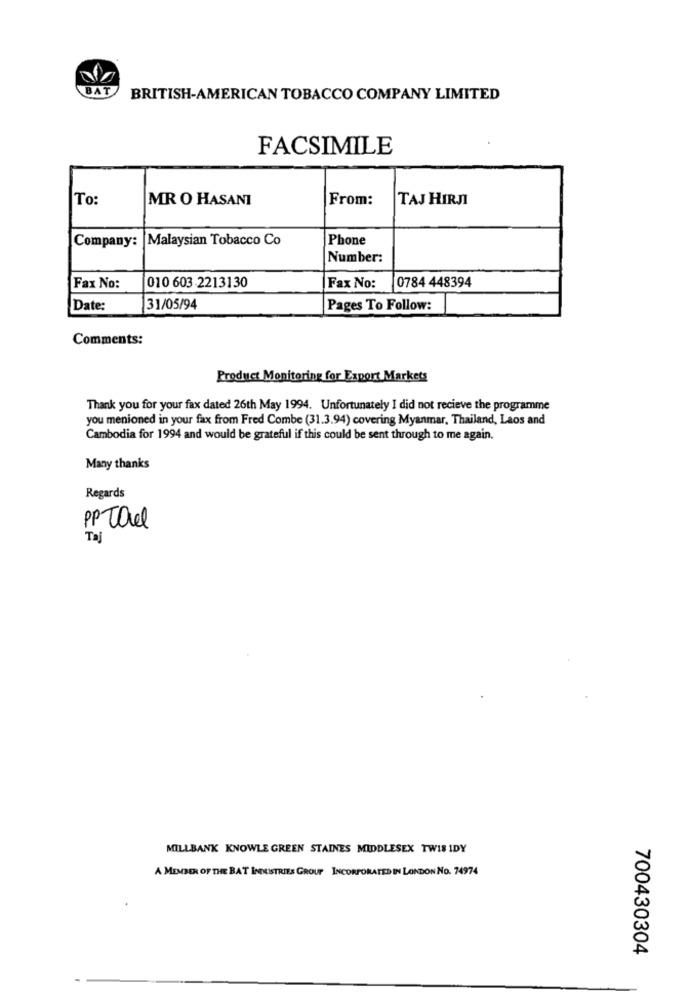
BAT
BRITISH-AMERICAN TOBACCO COMPANY LIMITED
FACSIMILE
To:
MR O HASANI
From:
TAJ HIRNI
Company:
Malaysian Tobacco Co
Phone
Number:
010 603-2213130
Fax No:
Fax No:
0784 448394
Date:
31/05/94
Pages To Follow:
Comments:
Product Monitoring for Export Markets
Thank you for your fax dated 26th May 1994. Unfortunately I did not recieve the programme
you menioned in your fax from Fred Combe (31.3.94) covering Myanmar, Thailand, Laos and
Cambodia for 1994 and would be grateful if this could be sent through to me again.
Many thanks
Regards
PP Tal
Taj
MILLBANK KNOWLE GREEN STAINES MIDDLESEX TWIS IDY
A MEMBER OF THE BAT INDUSTRIES GROUP INCORPORATED IN LONDON No. 74974
700430304